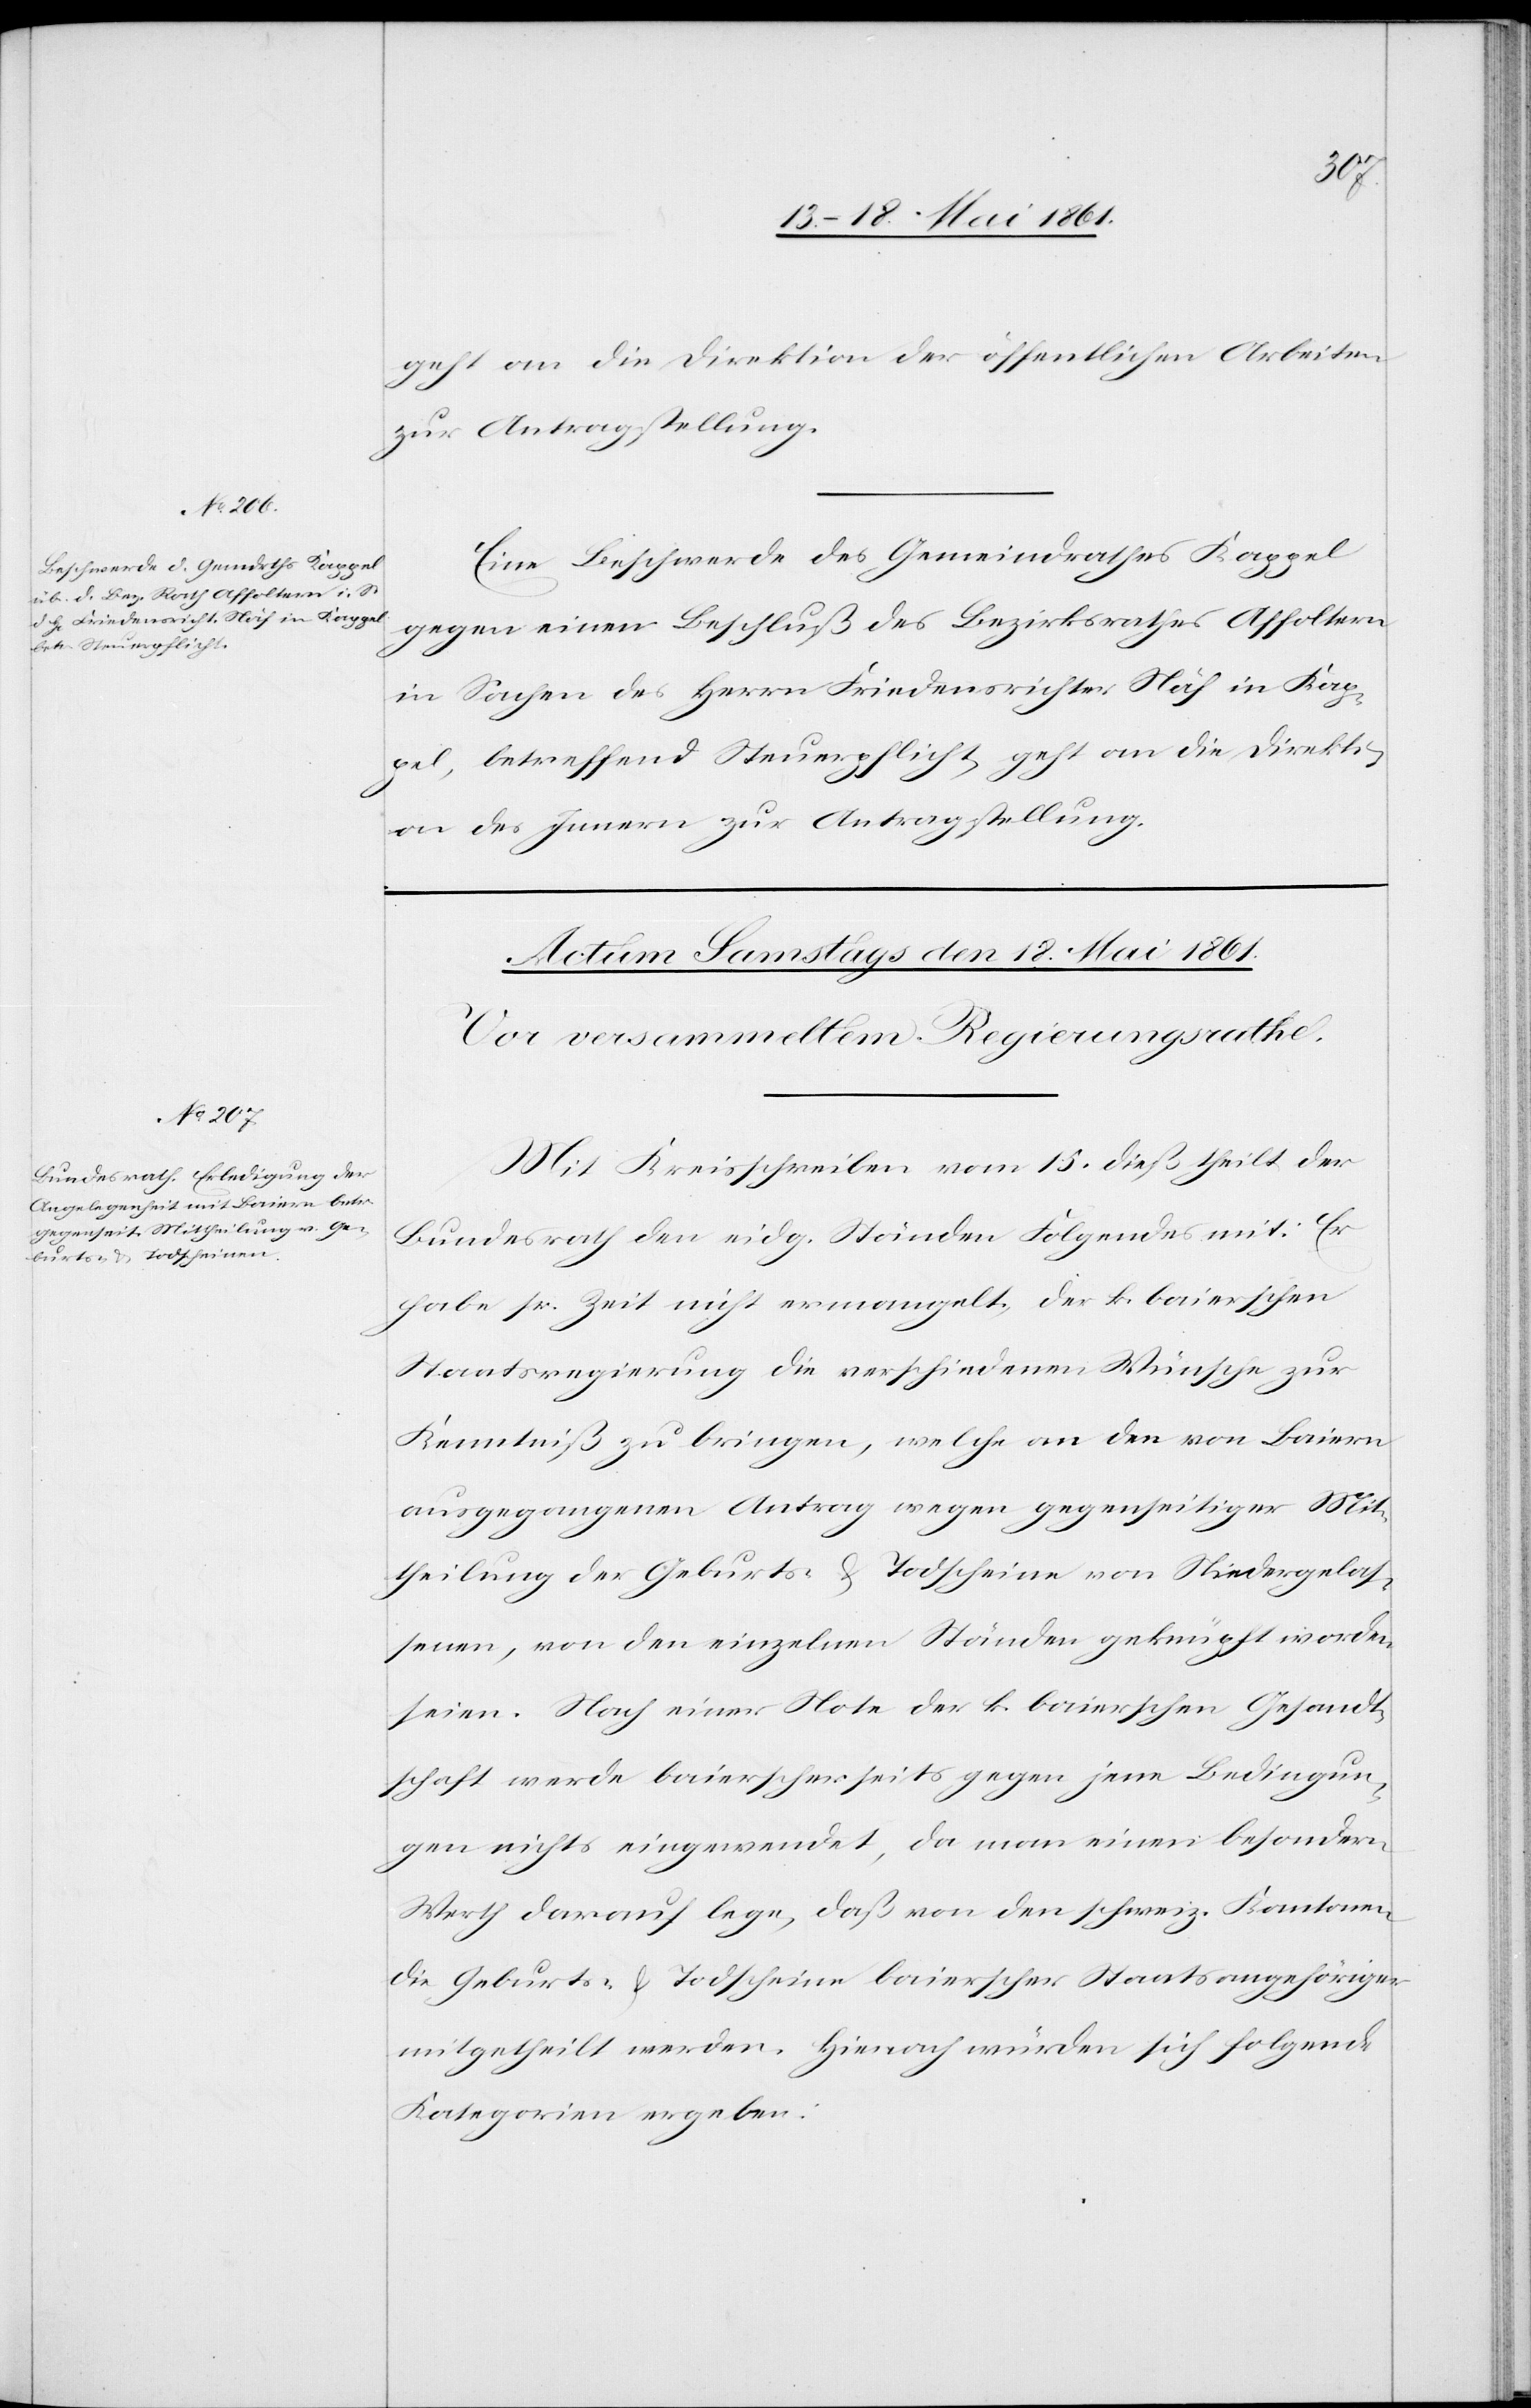
Actum
den 16. Mai 1861.]
geht an die Direktion der öffentlichen Arbeiten
zur Antragstellung.
Eine Beschwerde des Gemeindrathes Kappel
gegen einen Beschluß des Bezirksrathes Affoltern
in Sachen des Herrn Friedensrichter Näf in Kap¬
pel, betreffend Steuerpflicht, geht an die Direkti¬
on des Innern zur Antragstellung.
Mit Kreisschreiben vom 15. dieß theilt der
Bundesrath den eidg. Ständen Folgendes mit: Er
habe sr. Zeit nicht ermangelt, der k. baierschen
Staatsregierung die verschiedenen Wünsche zur
Kenntniß zu bringen, welche an den von Baiern
ausgegangenen Antrag wegen gegenseitiger Mit¬
theilung der Geburts- u. Todscheine von Niedergelas¬
senen, von den einzelnen Ständen geknüpft worden
seien. Nach einer Note der k. baierschen Gesandt¬
schaft werde baierscherseits gegen jene Bedingun¬
gen nichts eingewendet, da man einen besondern
Werth darauf lege, daß von den schweiz. Kantonen
die Geburts- u. Todscheine baierscher Staatsangehöriger
mitgetheilt werden. Hienach würden sich folgende
Kategorien ergeben: